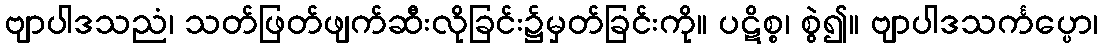
ဗျာပါဒသညံ၊ သတ်ဖြတ်ဖျက်ဆီးလိုခြင်း၌မှတ်ခြင်းကို။ ပဋိစ္စ၊ စွဲ၍။ ဗျာပါဒသင်္ကပ္ပော၊